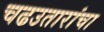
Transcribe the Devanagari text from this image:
चढउतारांचा